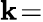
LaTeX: \mathbf{k}\! =